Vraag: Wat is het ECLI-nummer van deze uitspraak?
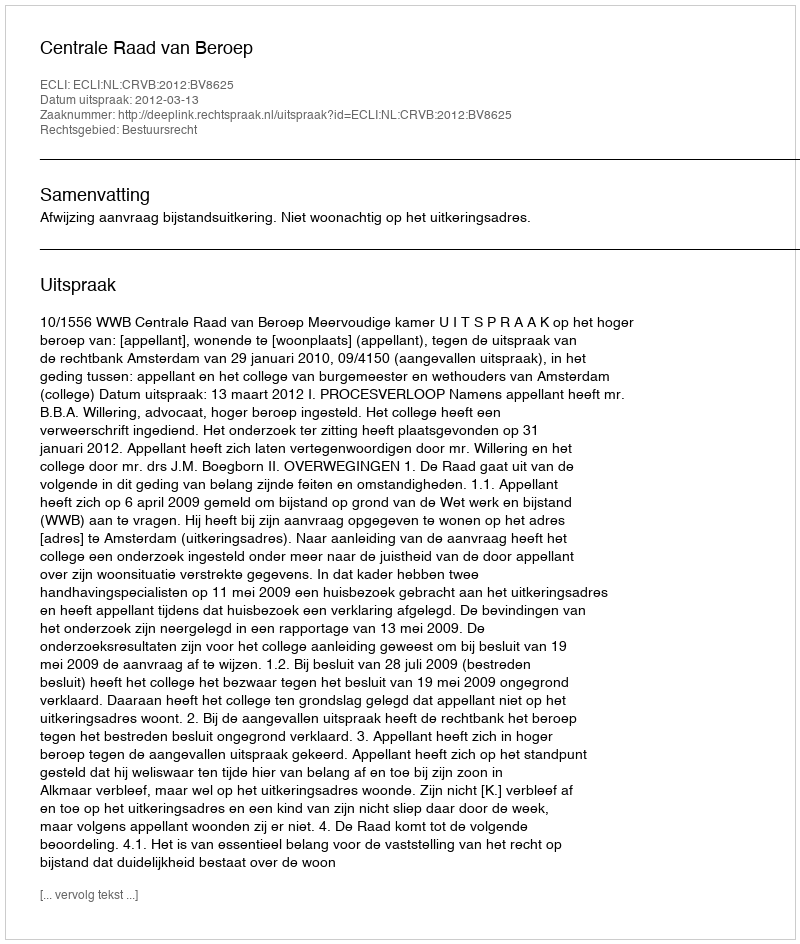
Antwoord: ECLI:NL:CRVB:2012:BV8625